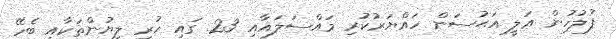
ފުލުހުން ޢަލީ އަޙުސަން ހައްޔަރުކުރި މައްސަލައާއި 23. ގައި ހުރި ލިޔުންތަކާއި ބެހޭ